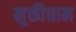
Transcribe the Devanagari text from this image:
मुक्तीधाम